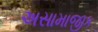
અસામાજીક